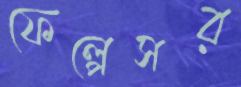
ফেল্পেসর